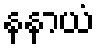
နနာယံ